Indian journal of veterinary science and animal husbandry - Volume 1,
Year: 1931
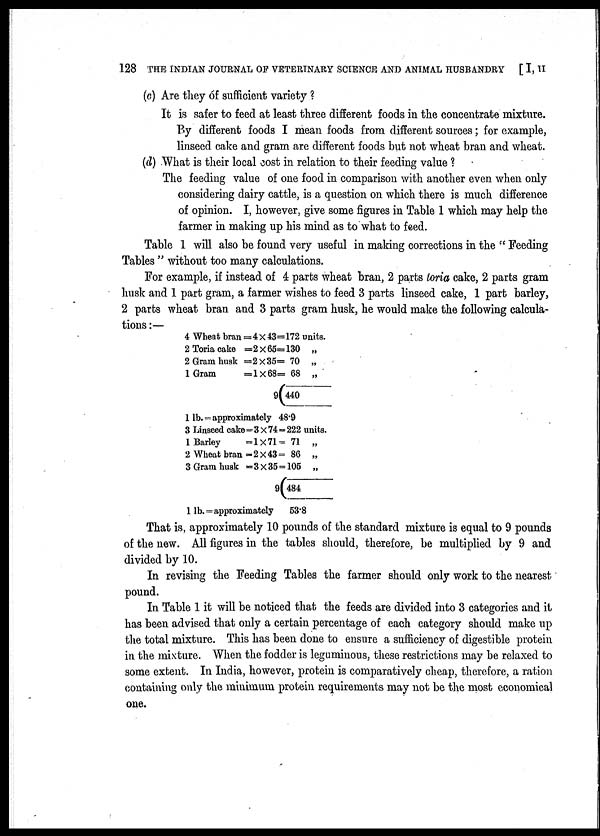
128 THE INDIAN JOURNAL OF VETERINARY SCIENCE AND ANIMAL HUSBANDRY [ I, II
(c) Are they of sufficient variety ?
It is safer to feed at least three different foods in the concentrate mixture.
By different foods I mean foods from different sources; for example,
linseed cake and gram are different foods but not wheat bran and wheat.
(d) What is their local cost in relation to their feeding value ?
The feeding value of one food in comparison with another even when only
considering dairy cattle, is a question on which there is much difference
of opinion. I, however, give some figures in Table 1 which may help the
farmer in making up his mind as to what to feed.
Table 1 will also be found very useful in making corrections in the " Feeding
Tables " without too many calculations.
For example, if instead of 4 parts wheat bran, 2 parts toria cake, 2 parts gram
husk and 1 part gram, a farmer wishes to feed 3 parts linseed cake, 1 part barley,
2 parts wheat bran and 3 parts gram husk, he would make the following calcula-
tions :—
4 Wheat bran
2 Toria cake
2 Gram husk
1 Gram
=4×43= 172
=2×65= 130
=2×35= 70
=1×68= 68
9(440
units.
„
„
„
1 lb. = approximately 48.9
3 Linseed cake
1 Barley
2 Wheat bran
3 Gram husk
= 3×74= 222 units.
= 1×71= 71
= 2×43= 86
= 3×35= 105
9(484
„
„
„
1 lb. = approximately 53.8
That is, approximately 10 pounds of the standard mixture is equal to 9 pounds
of the new. All figures in the tables should, therefore, be multiplied by 9 and
divided by 10.
In revising the Feeding Tables the farmer should only work to the nearest
pound.
In Table 1 it will be noticed that the feeds are divided into 3 categories and it
has been advised that only a certain percentage of each category should make up
the total mixture. This has been done to ensure a sufficiency of digestible protein
in the mixture. When the fodder is leguminous, these restrictions may be relaxed to
some extent. In India, however, protein is comparatively cheap, therefore, a ration
containing only the minimum protein requirements may not be the most economical
one.